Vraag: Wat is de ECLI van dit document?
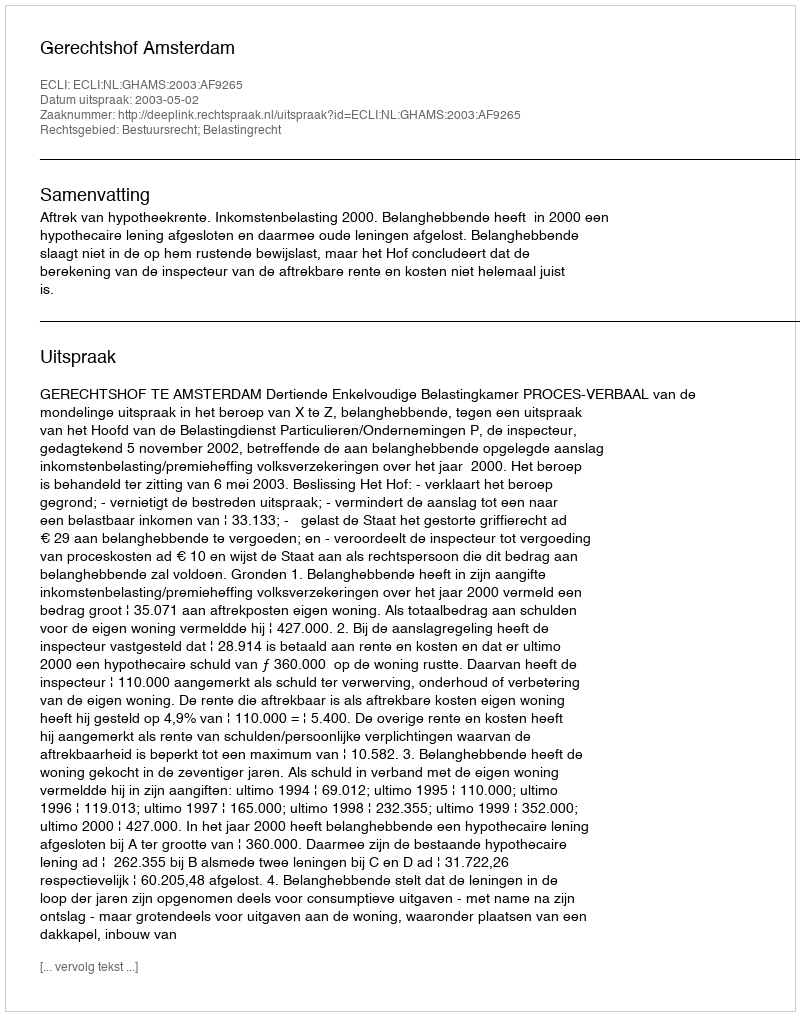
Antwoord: ECLI:NL:GHAMS:2003:AF9265